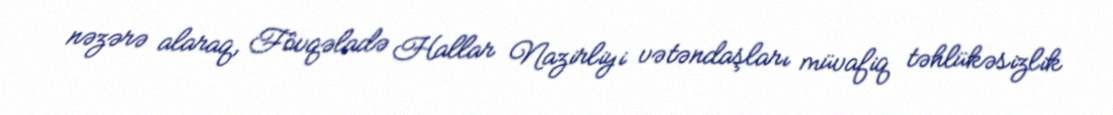
nəzərə alaraq, Fövqəladə Hallar Nazirliyi vətəndaşları müvafiq təhlükəsizlik